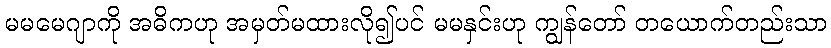
မမမေဂျာကို အဓိကဟု အမှတ်မထားလို၍ပင် မမနှင်းဟု ကျွန်တော် တယောက်တည်းသာ